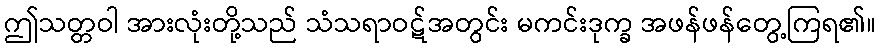
ဤသတ္တဝါ အားလုံးတို့သည် သံသရာဝဋ်အတွင်း မကင်းဒုက္ခ အဖန်ဖန်တွေ့ကြရ၏။